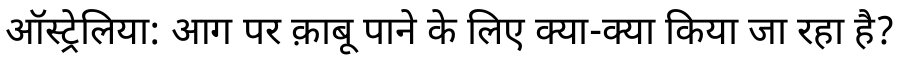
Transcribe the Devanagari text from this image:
ऑस्ट्रेलिया: आग पर क़ाबू पाने के लिए क्या-क्या किया जा रहा है?